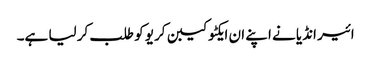
ائیر انڈیا نے اپنے ان ایکٹو کیبن کریو کو طلب کر لیا ہے۔